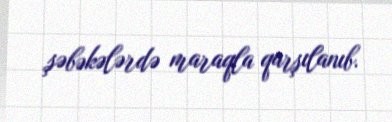
şəbəkələrdə maraqla qarşılanıb.